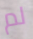
لم